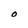
Character: O